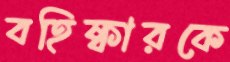
বহিষ্কারকে